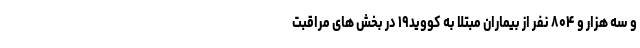
و سه هزار و ۸۰۴ نفر از بیماران مبتلا به کووید۱۹ در بخش های مراقبت